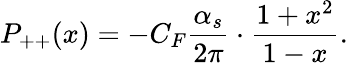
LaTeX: P_{++}(x)=-C_{F}{\frac{\alpha_{s}}{2\pi}}\cdot{\frac{1+x^{2}}{1-x}}.